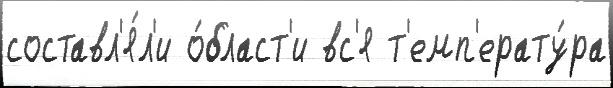
составл'я́л'и о́бласт'и вс'я т'емп'ерату́ра